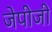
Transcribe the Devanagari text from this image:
जेपीजी